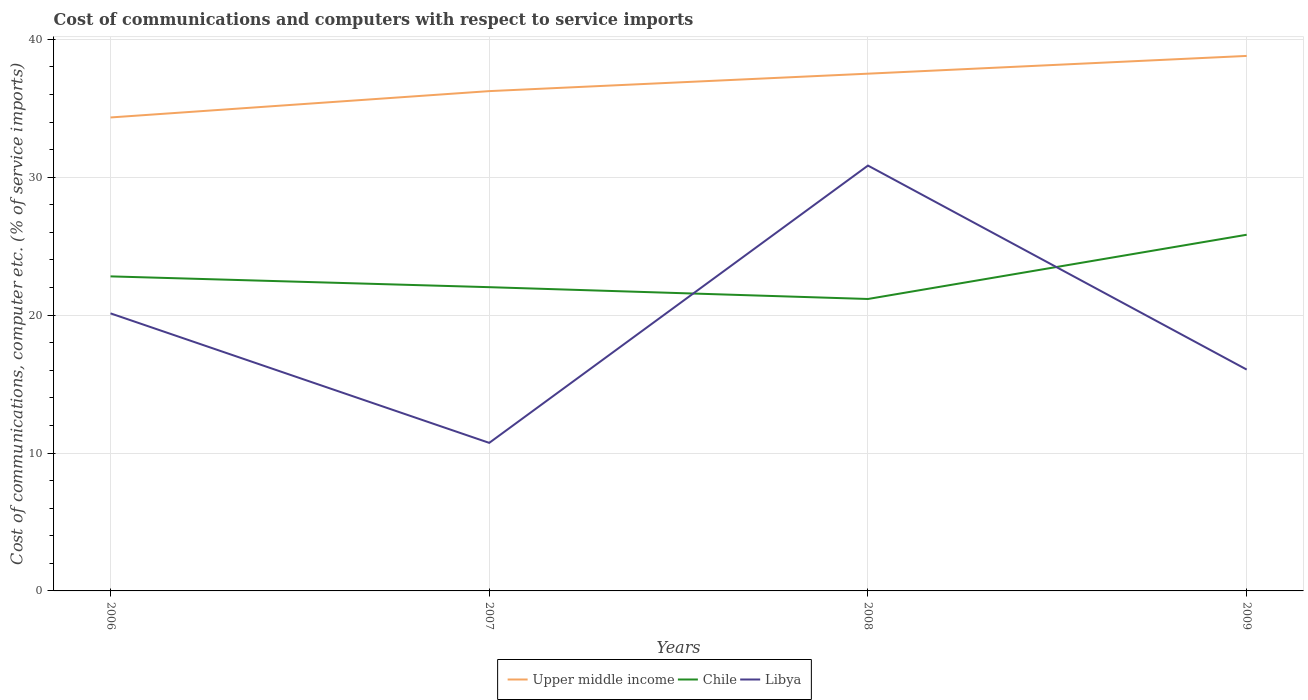
| Years | Upper middle income | Chile | Libya |
 | --- | --- | --- | --- |
 | 2006 | 34.3 | 22.8 | 20.1 |
 | 2007 | 36.2 | 22 | 10.7 |
 | 2008 | 37.5 | 21.2 | 30.8 |
 | 2009 | 38.8 | 25.8 | 16 |